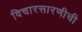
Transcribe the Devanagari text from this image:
विचारसारणीची